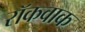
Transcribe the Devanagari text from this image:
रॉकवाक